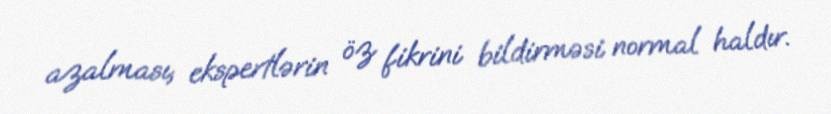
azalması, ekspertlərin öz fikrini bildirməsi normal haldır.